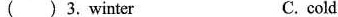
( ) 3.Winter C. cold